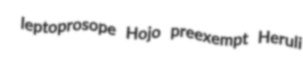
leptoprosope Hojo preexempt Heruli